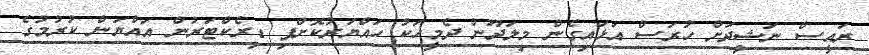
ރައީސް ނަޝީދަށް ހުރަސް އަޅައިގެން މިލަދޫން ދެމީހަކު ހައްޔަރުކޮށްފި ޑިރެކްޓަރުން އައްޔަން ކުރުމުގެ